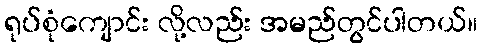
ရုပ်စုံကျောင်း လို့လည်း အမည်တွင်ပါတယ်။